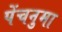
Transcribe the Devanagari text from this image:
पेंचनुमा